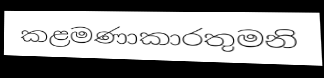
කළමණාකාරතුමනි